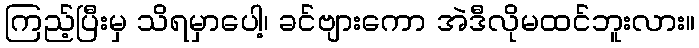
ကြည့်ပြီးမှ သိရမှာပေါ့၊ ခင်ဗျားကော အဲဒီလိုမထင်ဘူးလား။